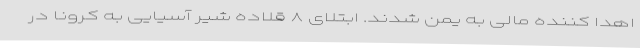
اهدا کننده مالی به یمن شدند. ابتلای ۸ قلاده شیر آسیایی به کرونا در